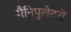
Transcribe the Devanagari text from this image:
मैनिपुलेटरों